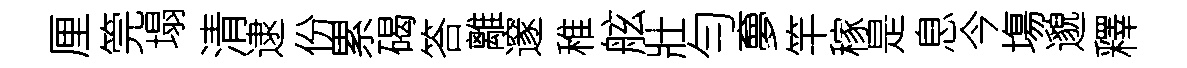
厘筦塌清逮份累碣答離邃稚舷壯勻夣竿稼是息今塲邈釋